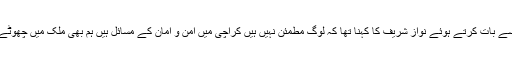
سندھ کونسل کے اجلاس میں شرکت کیلئے کراچی پہنچنے کے بعد ایئرپورٹ پر میڈیا سے بات کرتے ہوئے نواز شریف کا کہنا تھا کہ لوگ مطمئن نہیں ہیں کراچی میں امن و امان کے مسائل ہیں ہم بھی ملک میں چھوٹے یونٹس بنانے کے حق میں ہیں لیکن صوبوں کا قیام لسانی بنیادوں پر نہیں ہونا چاہیئے ۔